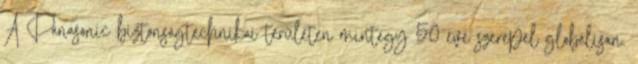
A Panasonic biztonságtechnikai területen mintegy 50 éve szerepel globálisan.